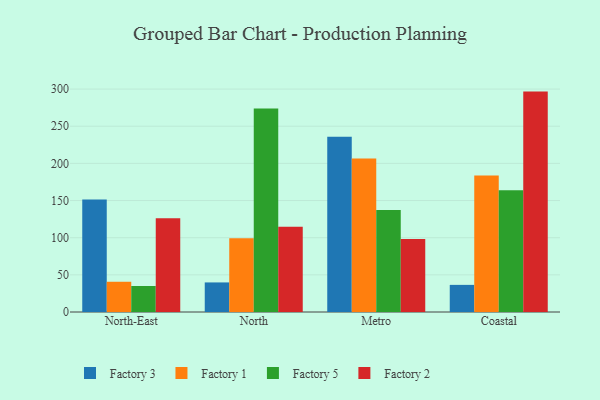
{"axis": {"x": "Region", "y": "Budget (USD K)"}, "legend": ["Factory 1", "Factory 2", "Factory 3", "Factory 5"], "data": [{"x": "North-East", "y": 151.4, "type": "Factory 3"}, {"x": "North-East", "y": 40.7, "type": "Factory 1"}, {"x": "North-East", "y": 35.0, "type": "Factory 5"}, {"x": "North-East", "y": 126.0, "type": "Factory 2"}, {"x": "North", "y": 39.8, "type": "Factory 3"}, {"x": "North", "y": 99.4, "type": "Factory 1"}, {"x": "North", "y": 273.8, "type": "Factory 5"}, {"x": "North", "y": 114.7, "type": "Factory 2"}, {"x": "Metro", "y": 235.9, "type": "Factory 3"}, {"x": "Metro", "y": 206.7, "type": "Factory 1"}, {"x": "Metro", "y": 137.3, "type": "Factory 5"}, {"x": "Metro", "y": 98.3, "type": "Factory 2"}, {"x": "Coastal", "y": 36.5, "type": "Factory 3"}, {"x": "Coastal", "y": 183.6, "type": "Factory 1"}, {"x": "Coastal", "y": 163.8, "type": "Factory 5"}, {"x": "Coastal", "y": 296.6, "type": "Factory 2"}]}